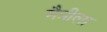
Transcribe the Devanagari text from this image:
मैत्रीला